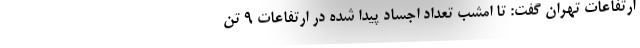
ارتفاعات تهران گفت: تا امشب تعداد اجساد پیدا شده در ارتفاعات ۹ تن